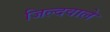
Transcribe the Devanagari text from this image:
जिल्दवाले